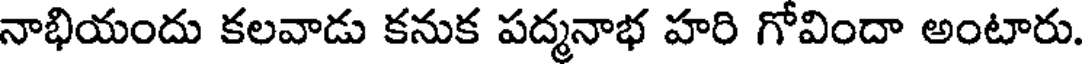
నాభియందు కలవాడు కనుక పద్మనాభ హరి గోవిందా అంటారు